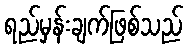
ရည်မှန်းချက်ဖြစ်သည်